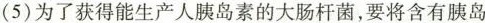
(5)为了获得能生产人胰岛素的大肠杆菌，要将含有胰岛